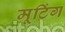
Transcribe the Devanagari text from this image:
मूटिंग